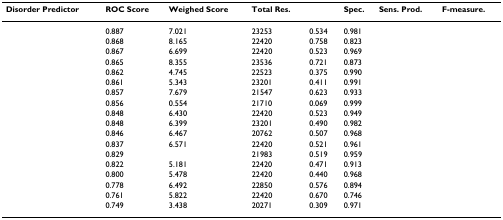
<table><thead><tr><td><b>Disorder Predictor</b></td><td><b>ROC Score</b></td><td><b>Weighed Score</b></td><td><b>Total Res.</b></td><td>[EMPTY_CELL]</td><td><b>Spec.</b></td><td><b>Sens. Prod.</b></td><td><b>F-measure.</b></td></tr></thead><tbody><tr><td>[EMPTY_CELL]</td><td>0.887</td><td>7.021</td><td>23253</td><td>0.534</td><td>0.981</td><td>[EMPTY_CELL]</td><td>[EMPTY_CELL]</td></tr><tr><td>[EMPTY_CELL]</td><td>0.868</td><td>8.165</td><td>22420</td><td>0.758</td><td>0.823</td><td>[EMPTY_CELL]</td><td>[EMPTY_CELL]</td></tr><tr><td>[EMPTY_CELL]</td><td>0.867</td><td>6.699</td><td>22420</td><td>0.523</td><td>0.969</td><td>[EMPTY_CELL]</td><td>[EMPTY_CELL]</td></tr><tr><td>[EMPTY_CELL]</td><td>0.865</td><td>8.355</td><td>23536</td><td>0.721</td><td>0.873</td><td>[EMPTY_CELL]</td><td>[EMPTY_CELL]</td></tr><tr><td>[EMPTY_CELL]</td><td>0.862</td><td>4.745</td><td>22523</td><td>0.375</td><td>0.990</td><td>[EMPTY_CELL]</td><td>[EMPTY_CELL]</td></tr><tr><td>[EMPTY_CELL]</td><td>0.861</td><td>5.343</td><td>23201</td><td>0.411</td><td>0.991</td><td>[EMPTY_CELL]</td><td>[EMPTY_CELL]</td></tr><tr><td>[EMPTY_CELL]</td><td>0.857</td><td>7.679</td><td>21547</td><td>0.623</td><td>0.933</td><td>[EMPTY_CELL]</td><td>[EMPTY_CELL]</td></tr><tr><td>[EMPTY_CELL]</td><td>0.856</td><td>0.554</td><td>21710</td><td>0.069</td><td>0.999</td><td>[EMPTY_CELL]</td><td>[EMPTY_CELL]</td></tr><tr><td>[EMPTY_CELL]</td><td>0.848</td><td>6.430</td><td>22420</td><td>0.523</td><td>0.949</td><td>[EMPTY_CELL]</td><td>[EMPTY_CELL]</td></tr><tr><td>[EMPTY_CELL]</td><td>0.848</td><td>6.399</td><td>23201</td><td>0.490</td><td>0.982</td><td>[EMPTY_CELL]</td><td>[EMPTY_CELL]</td></tr><tr><td>[EMPTY_CELL]</td><td>0.846</td><td>6.467</td><td>20762</td><td>0.507</td><td>0.968</td><td>[EMPTY_CELL]</td><td>[EMPTY_CELL]</td></tr><tr><td>[EMPTY_CELL]</td><td>0.837</td><td>6.571</td><td>22420</td><td>0.521</td><td>0.961</td><td>[EMPTY_CELL]</td><td>[EMPTY_CELL]</td></tr><tr><td>[EMPTY_CELL]</td><td>0.829</td><td>[EMPTY_CELL]</td><td>21983</td><td>0.519</td><td>0.959</td><td>[EMPTY_CELL]</td><td>[EMPTY_CELL]</td></tr><tr><td>[EMPTY_CELL]</td><td>0.822</td><td>5.181</td><td>22420</td><td>0.471</td><td>0.913</td><td>[EMPTY_CELL]</td><td>[EMPTY_CELL]</td></tr><tr><td>[EMPTY_CELL]</td><td>0.800</td><td>5.478</td><td>22420</td><td>0.440</td><td>0.968</td><td>[EMPTY_CELL]</td><td>[EMPTY_CELL]</td></tr><tr><td>[EMPTY_CELL]</td><td>0.778</td><td>6.492</td><td>22850</td><td>0.576</td><td>0.894</td><td>[EMPTY_CELL]</td><td>[EMPTY_CELL]</td></tr><tr><td>[EMPTY_CELL]</td><td>0.761</td><td>5.822</td><td>22420</td><td>0.670</td><td>0.746</td><td>[EMPTY_CELL]</td><td>[EMPTY_CELL]</td></tr><tr><td>[EMPTY_CELL]</td><td>0.749</td><td>3.438</td><td>20271</td><td>0.309</td><td>0.971</td><td>[EMPTY_CELL]</td><td>[EMPTY_CELL]</td></tr></tbody></table>